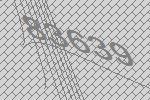
83639